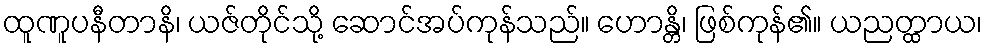
ထူဏူပနီတာနိ၊ ယဇ်တိုင်သို့ ဆောင်အပ်ကုန်သည်။ ဟောန္တိ၊ ဖြစ်ကုန်၏။ ယညတ္ထာယ၊